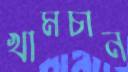
খামচান